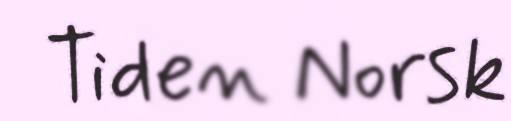
Tiden Norsk